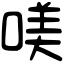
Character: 𠸍